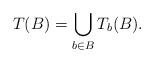
LaTeX: \begin{align*}T(B)=\bigcup_{b\in B}T_{b}(B). \end{align*}